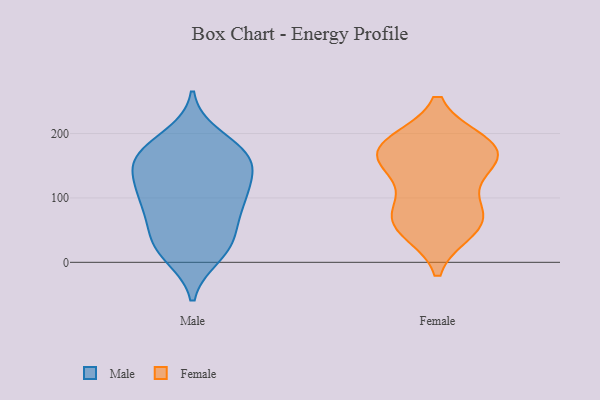
{"axis": {"x": "Customer Acquisition Cost (USD)", "y": "Value"}, "legend": ["Female", "Male"], "data": [{"x": "", "y": 10, "type": "Male"}, {"x": "", "y": 158, "type": "Male"}, {"x": "", "y": 152, "type": "Male"}, {"x": "", "y": 196, "type": "Male"}, {"x": "", "y": 89, "type": "Male"}, {"x": "", "y": 111, "type": "Male"}, {"x": "", "y": 61, "type": "Male"}, {"x": "", "y": 43, "type": "Male"}, {"x": "", "y": 164, "type": "Male"}, {"x": "", "y": 102, "type": "Male"}, {"x": "", "y": 160, "type": "Male"}, {"x": "", "y": 166, "type": "Male"}, {"x": "", "y": 123, "type": "Male"}, {"x": "", "y": 184, "type": "Male"}, {"x": "", "y": 25, "type": "Male"}, {"x": "", "y": 35, "type": "Male"}, {"x": "", "y": 85, "type": "Male"}, {"x": "", "y": 13, "type": "Male"}, {"x": "", "y": 102, "type": "Male"}, {"x": "", "y": 147, "type": "Male"}, {"x": "", "y": 184, "type": "Female"}, {"x": "", "y": 67, "type": "Female"}, {"x": "", "y": 68, "type": "Female"}, {"x": "", "y": 52, "type": "Female"}, {"x": "", "y": 72, "type": "Female"}, {"x": "", "y": 168, "type": "Female"}, {"x": "", "y": 168, "type": "Female"}, {"x": "", "y": 170, "type": "Female"}, {"x": "", "y": 132, "type": "Female"}, {"x": "", "y": 178, "type": "Female"}]}